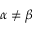
\alpha \neq \beta